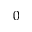
0